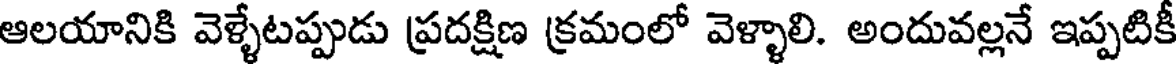
ఆలయానికి వెళ్ళేటప్పుడు ప్రదక్షిణ క్రమంలో వెళ్ళాలి. అందువల్లనే ఇప్పటికీ